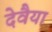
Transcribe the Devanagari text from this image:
देवैया